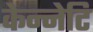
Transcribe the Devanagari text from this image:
केन्नेटि